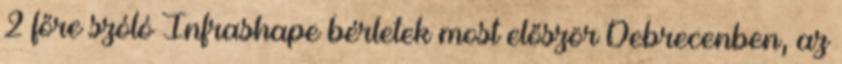
2 főre szóló Infrashape bérletek most először Debrecenben, az